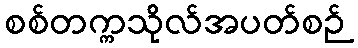
စစ်တက္ကသိုလ်အပတ်စဉ်